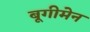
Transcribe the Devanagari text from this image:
बूगीमेन